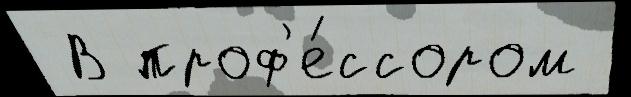
 В проф'е́ссором